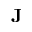
\mathbf { J }